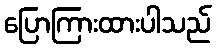
ပြောကြားထားပါသည်